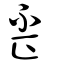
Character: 竵